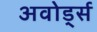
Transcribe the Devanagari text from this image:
अवोर्ड्स